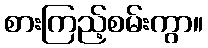
စားကြည့်စမ်းကွာ။